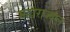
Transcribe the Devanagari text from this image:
महाराज्यप्ल